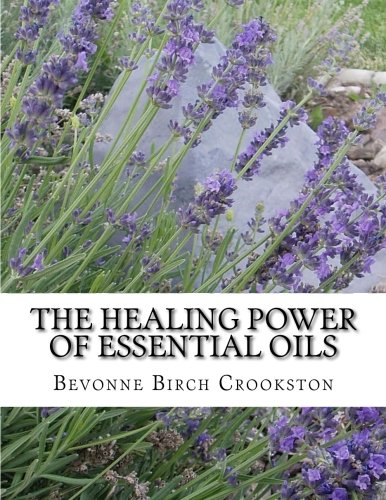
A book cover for The Healing Power of Essential Oils: The Original Liquid Copals; Bevonne Birch Crookston; Health, Fitness & Dieting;